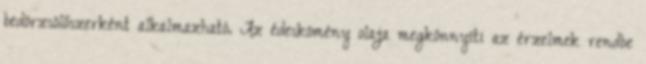
bedörzsölőszerként alkalmazható. Az édeskömény olaja megkönnyíti az érzelmek rendbe